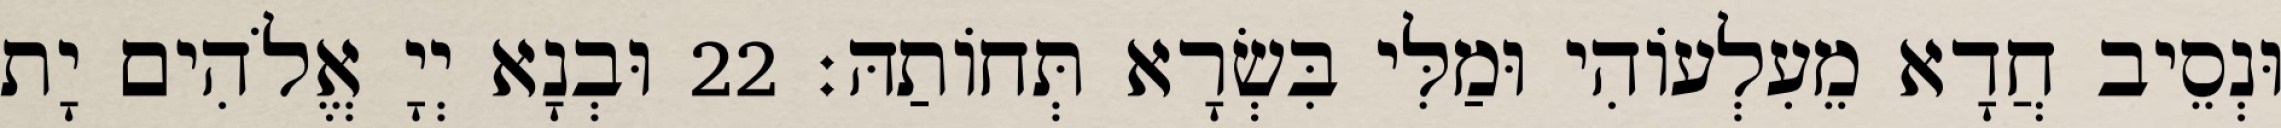
וּנְסֵיב חֲדָא מֵעִלְעוֹהִי וּמַלִּי בִּשְׂרָא תְּחוֹתַהּ׃ 22 וּבְנָא יְיָ אֱלֹהִים יָת